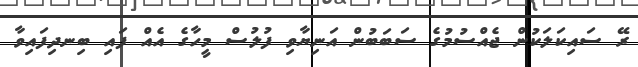
ރޭ ސައިކަލަކުން ޖެއްސުމުގެ ސަބަބުން އަނިޔާވި ފުލުސް މީހާގެ އެއް ފައި ބިނދިފައިވާ